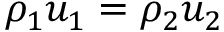
\rho _ { 1 } u _ { 1 } = \rho _ { 2 } u _ { 2 }